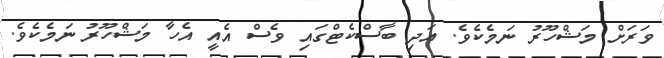
ވަރަށް މަޝްހޫރު ނަމެކެވެ. އަދި ބާސްކެޓްގައި ވެސް އެއީ އެހާ މަޝްހޫރު ނަމެކެވެ.